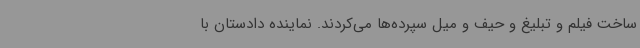
ساخت فیلم و تبلیغ و حیف و میل سپرده‌ها می‌کردند. نماینده دادستان با